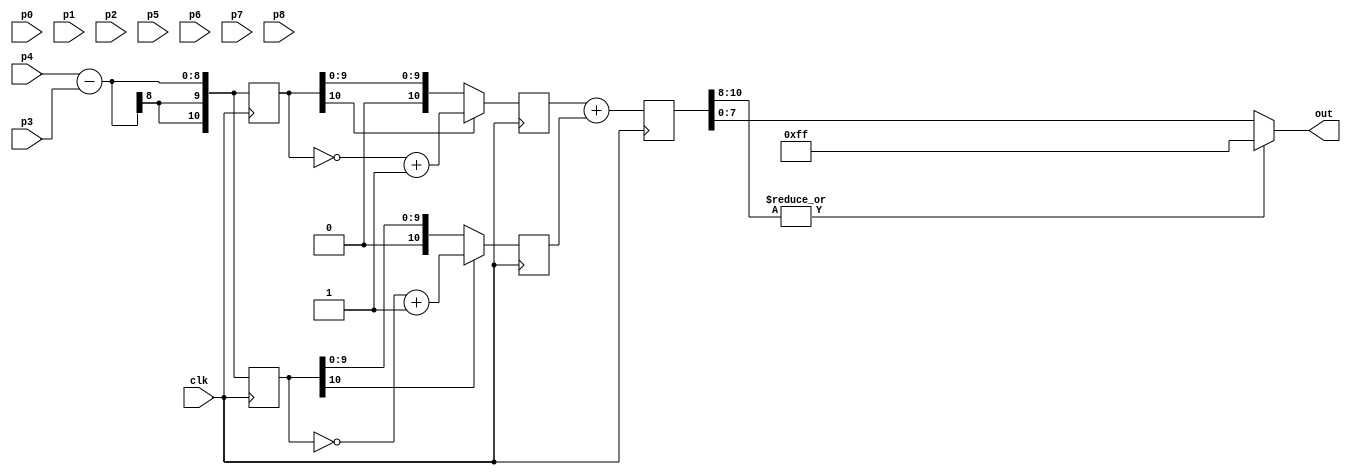
module robert( 
	clk,
	p0, 
	p1, 
	p2, 
	p3, 
	p4,
	p5, 
	p6, 
	p7, 
	p8, 
	out);

input clk;
input  [7:0] p0,p1,p2,p3,p4,p5,p6,p7,p8;	// 8   
output [7:0] out;					// 8   

reg [10:0] gx,gy;    //11      gx  gy 255*4. 
//   				 
reg [10:0] abs_gx,abs_gy;	//  gx  gy
reg [10:0] sum;			//  255*8.    
always @(posedge clk) 
begin
	 gx <=(p4-p3);//  
	 gy <=(p4-p3);//  
	 abs_gx <= (gx[10]? ~gx+1 : gx);	//   gx
	 abs_gy <= (gy[10]? ~gy+1 : gy);	//   gy
	 sum <= (abs_gx+abs_gy);				//  
end
	assign out = (|sum[10:8])?8'hff : sum[7:0];	//     0-255.
endmodule